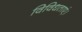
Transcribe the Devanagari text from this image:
विविधताएं।